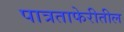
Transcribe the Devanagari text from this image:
पात्रताफेरीतील